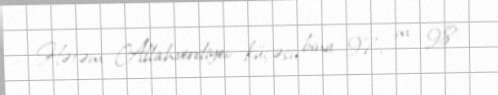
Hətəm Allahverdiyev küçəsi, bina 97, m. 98